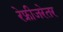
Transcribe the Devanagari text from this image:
रेफ्रीजरेतर